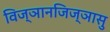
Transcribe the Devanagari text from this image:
विज्ञानजिज्ञासु